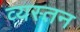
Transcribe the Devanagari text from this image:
व्यस्तन